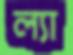
ল্যা